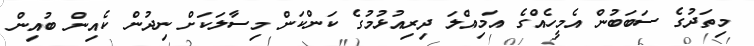
މިތަދުގެ ސަބަބުން އެމީހެއްގެ އަމިއްލަ ދިރިއުޅުމުގެ ކަންކަން މިސާލަކަށް ނިދުން ކެއިން ބުއިން